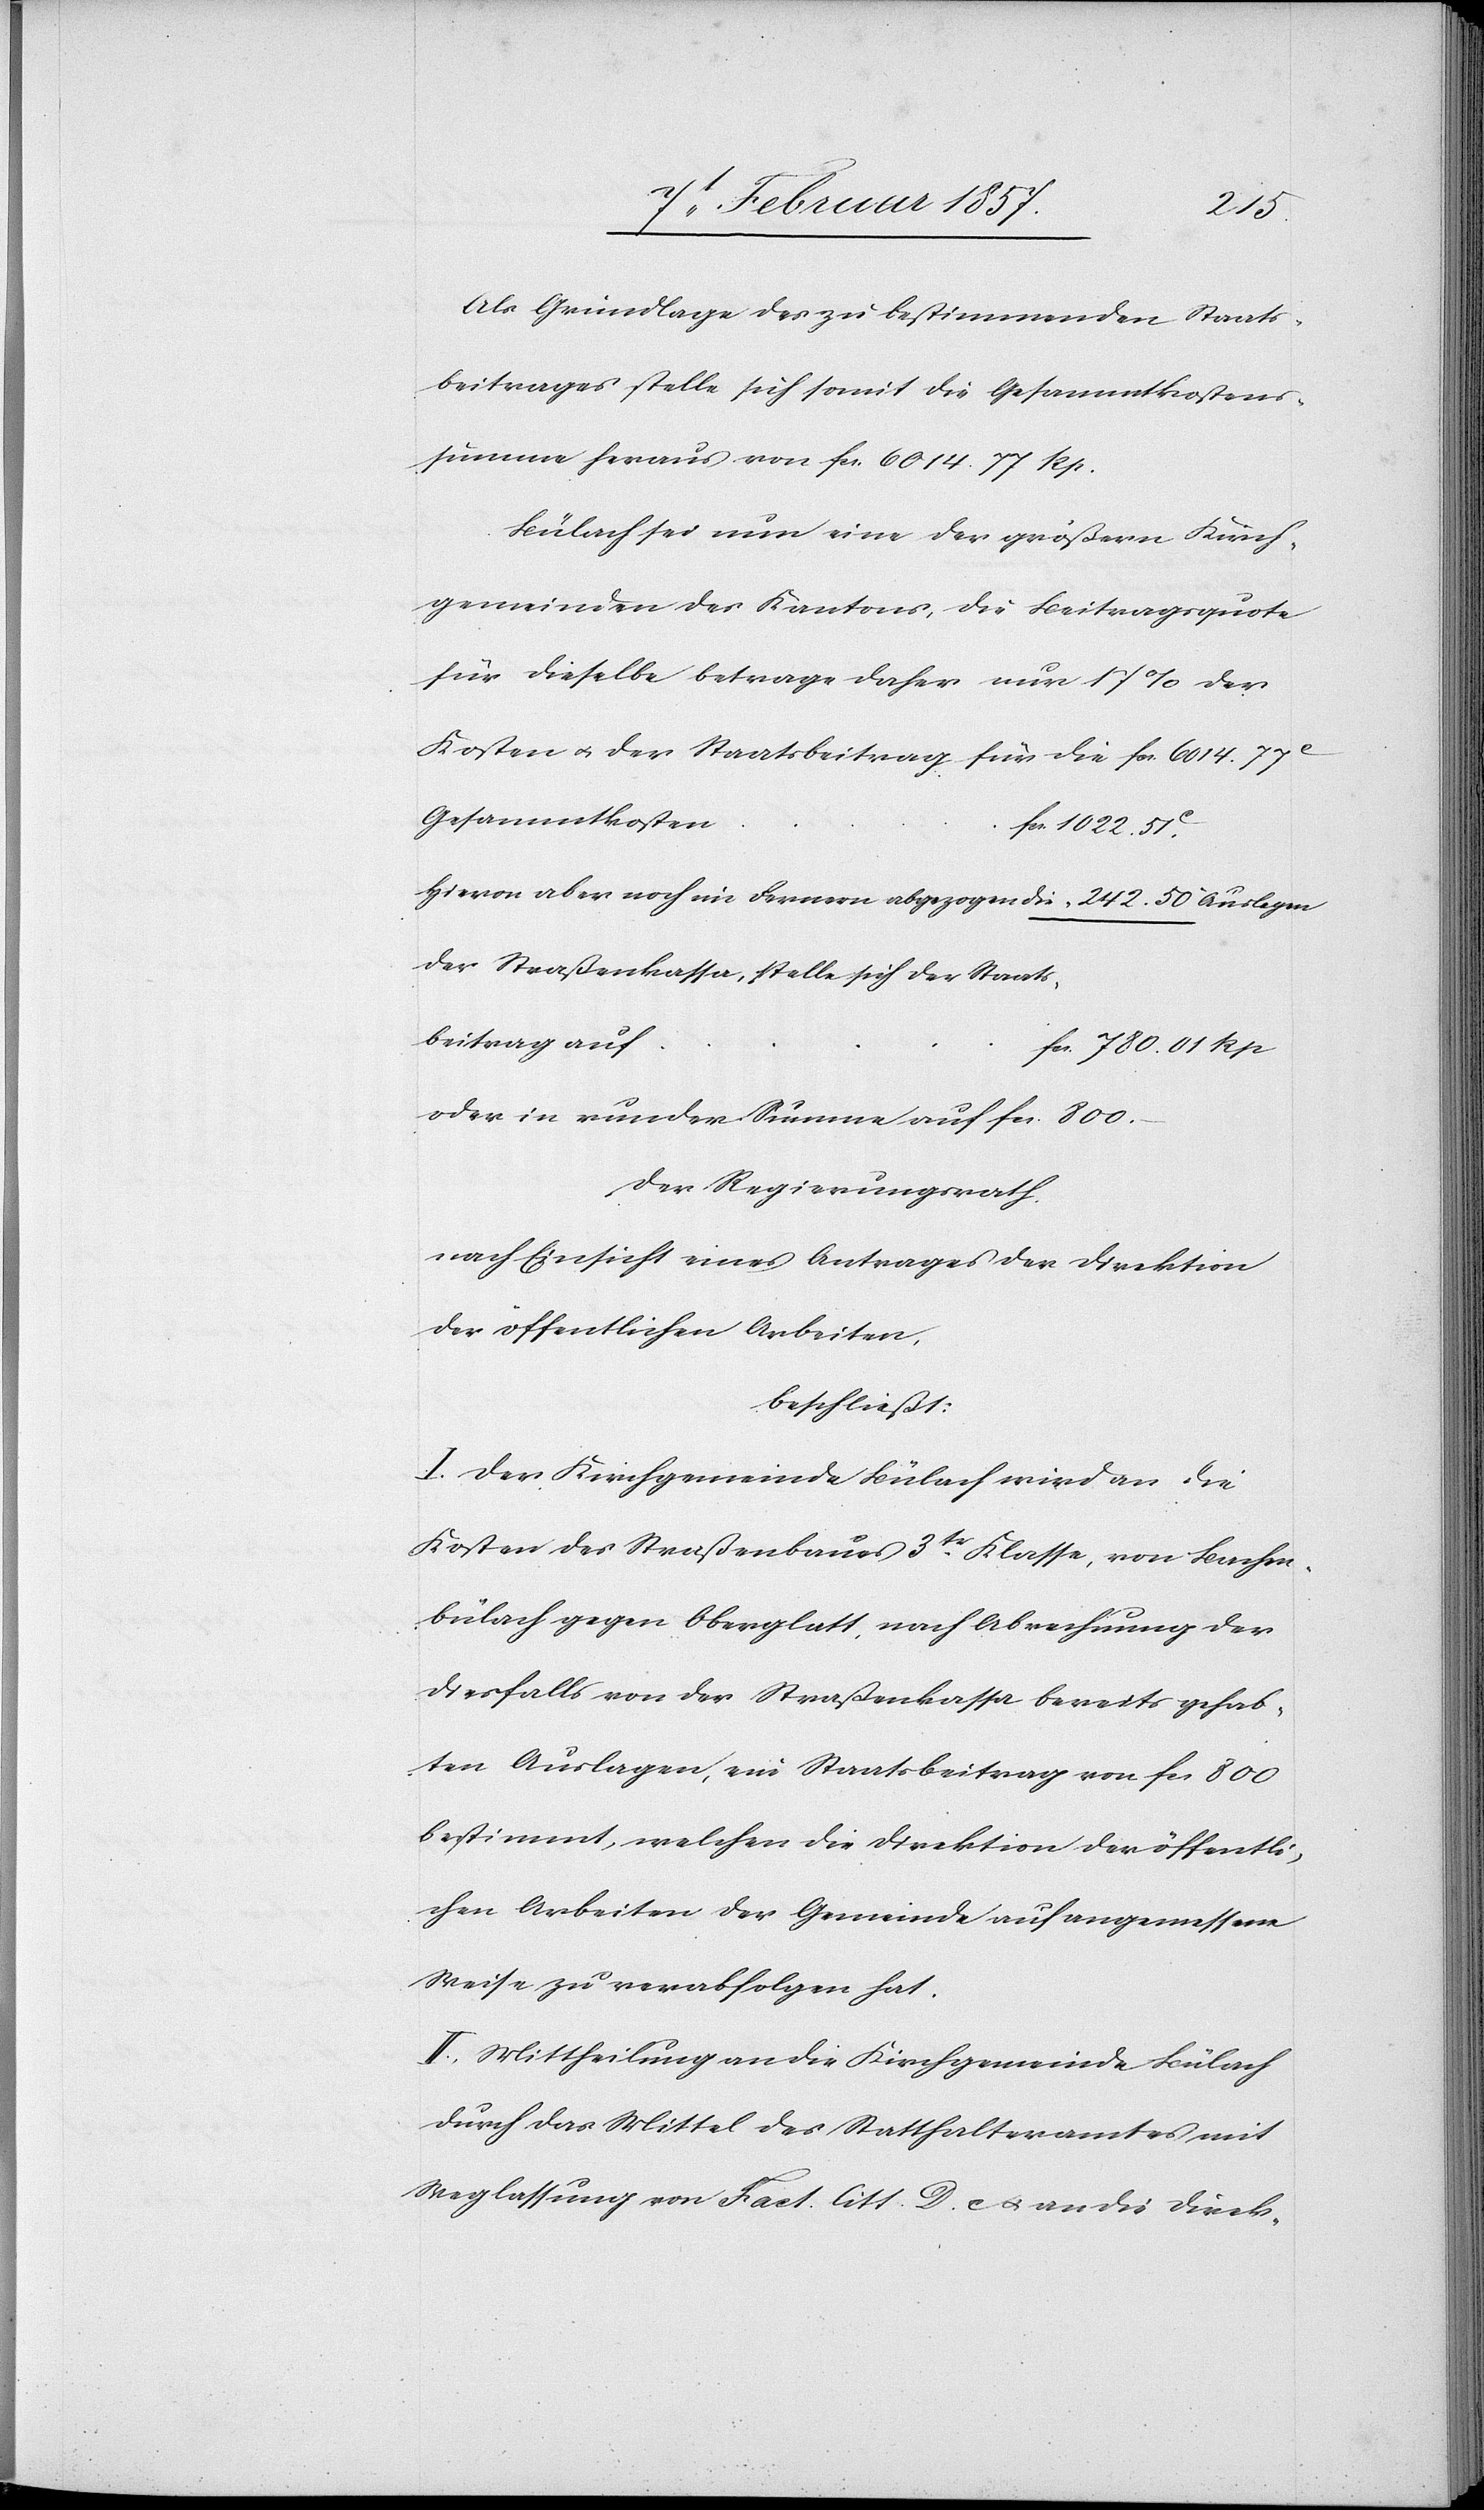
beitrag
Als Grundlage des zu bestimmenden Staats¬
beitrages stelle sich somit die Gesammtkostens¬
summe heraus von fc. 6014. 77 Rp.
Bülach sei nun eine der größern Kirch¬
gemeinden des Kantons, die Beitragsquote
für dieselbe betrage daher nur 17 % der
Kosten u. der Staatsbeitrag für die	fc. 6014. 77
Hievon aber noch im Fernern abgezogen die						 “ 242. 50 Auslagen
der Straßenkassa, stelle sich der Staats¬
780. 01 Rp
oder in runder Summe auf fc. 800.
Der Regierungsrath
nach Einsicht eines Antrages der Direktion
der öffentlichen Arbeiten,
beschließt:
I. Der Kirchgemeinde Bülach wird an die
Kosten des Straßenbaues 3tr Klasse, von Bachen¬
bülach gegen Oberglatt, nach Abrechnung der
diesfalls von der Straßenkassa bereits gehab¬
ten Auslagen, ein Staatsbeitrag von fc 800
bestimmt, welchen die Direktion der öffentli¬
chen Arbeiten der Gemeinde auf angemessene
Weise zu verabfolgen hat.
II. Mittheilung an die Kirchgemeinde Bülach
durch das Mittel des Statthalteramtes mit
Weglassung von Fact. litt. D. c u. an die Direk-